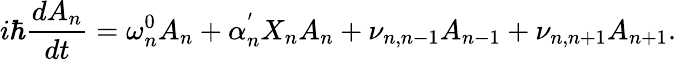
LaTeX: i\hbar\frac{dA_{n}}{dt}=\omega_{n}^{0}A_{n}+\alpha_{n}^{'}X_{n}A_{n}+\nu_{n,n-1}A_{n-1}+\nu_{n,n+1}A_{n+1}.